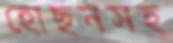
হোছনসহ